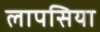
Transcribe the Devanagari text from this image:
लापसिया